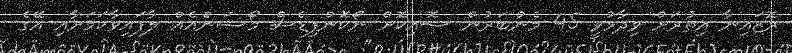
ރޮޒައިނާ އިތުރަށް ވިދާޅުވީ 45 މެންބަރުން ސޮއިކޮށް ނޯކޮންފިޑެސް މޯޝަންއެއް ލާފައިވާކަމަށާއި އޭގެ